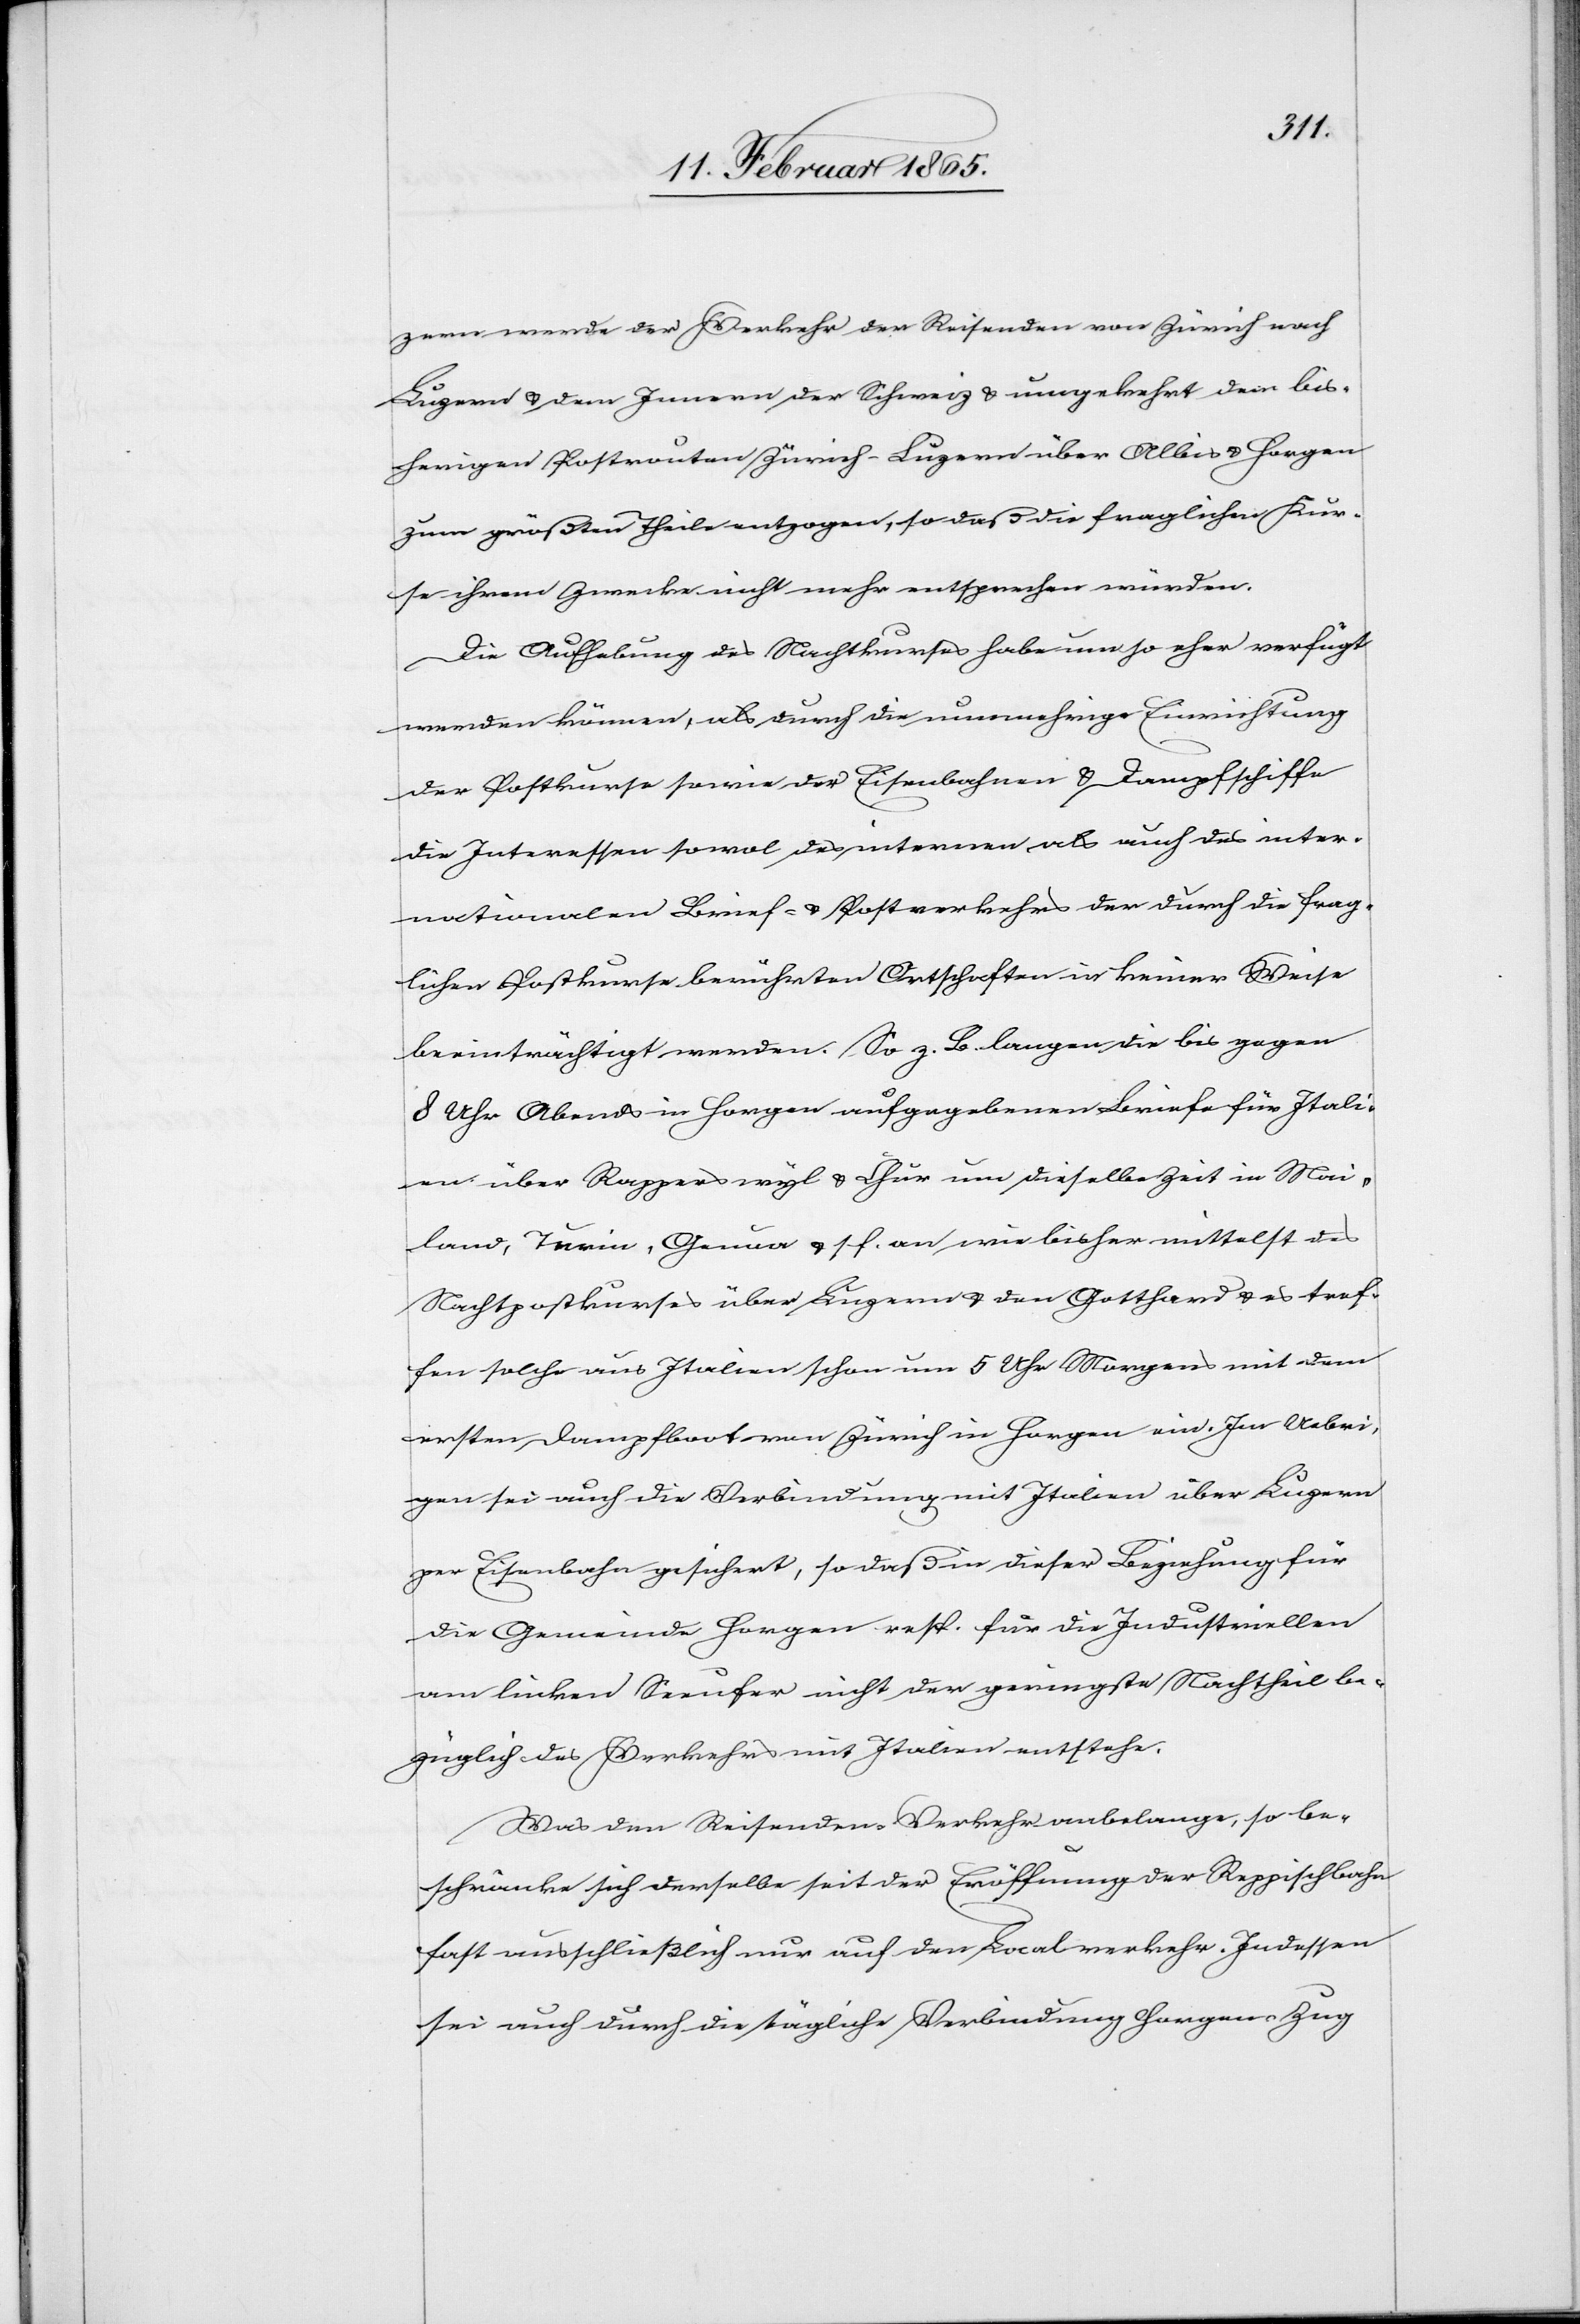
ic!]
zern werde der Verkehr der Reisenden von Zürich nach
Luzern u. dem Innern der Schweiz u. umgekehrt dem [s¬
bisherigen Postrouten Zürich-Luzern über Albis u. Horgen
zum größten Theile entzogen, so daß die fraglichen Kur¬
se ihrem Zwecke nicht mehr entsprechen würden.
Die Aufhebung des Nachtkurses habe um so eher verfügt
werden können, als durch die nunmehrige Einrichtung
der Postkurse sowie der Eisenbahnen u. Dampfschiffe
die Interessen sowol des internen als auch des inter¬
nationalen Brief- u. Postverkehrs der durch die frag¬
lichen Postkurse berührten Ortschaften in keiner Weise
beeinträchtigt werden. So z. B. langen die bis gegen
8 Uhr Abends in Horgen aufgegebenen Briefe für Itali¬
en über Rapperswyl u. Chur um dieselbe Zeit in Mai¬
land, Turin, Genua u. s. f. an wie bisher mittelst des
Nachtpostkurses über Luzern u. den Gotthard u. es tref¬
fen solche aus Italien schon um 5 Uhr Morgens mit dem
ersten Dampfboot von Zürich in Horgen ein. Im Uebri¬
gen sei auch die Verbindung mit Italien über Luzern
per Eisenbahn gesichert, so daß in dieser Beziehung für
die Gemeinde Horgen resp. für die Industriellen
am linken Seeufer nicht der geringste Nachtheil be¬
züglich des Verkehrs mit Italien entstehe.
Was den Reisenden-Verkehr anbelange, so be¬
schränke sich derselbe seit der Eröffnung der Reppischbahn
fast ausschließlich nur auf den Localverkehr. Indessen
sei auch durch die tägliche Verbindung Horgen-Zug